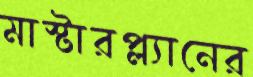
মাস্টারপ্ল্যানের